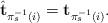
\begin{align*}\hat{\mathbf{t}}_{\pi_{s}^{-1}\left(i\right)}=\mathbf{t}_{\pi_{s}^{-1}\left(i\right)}.\end{align*}